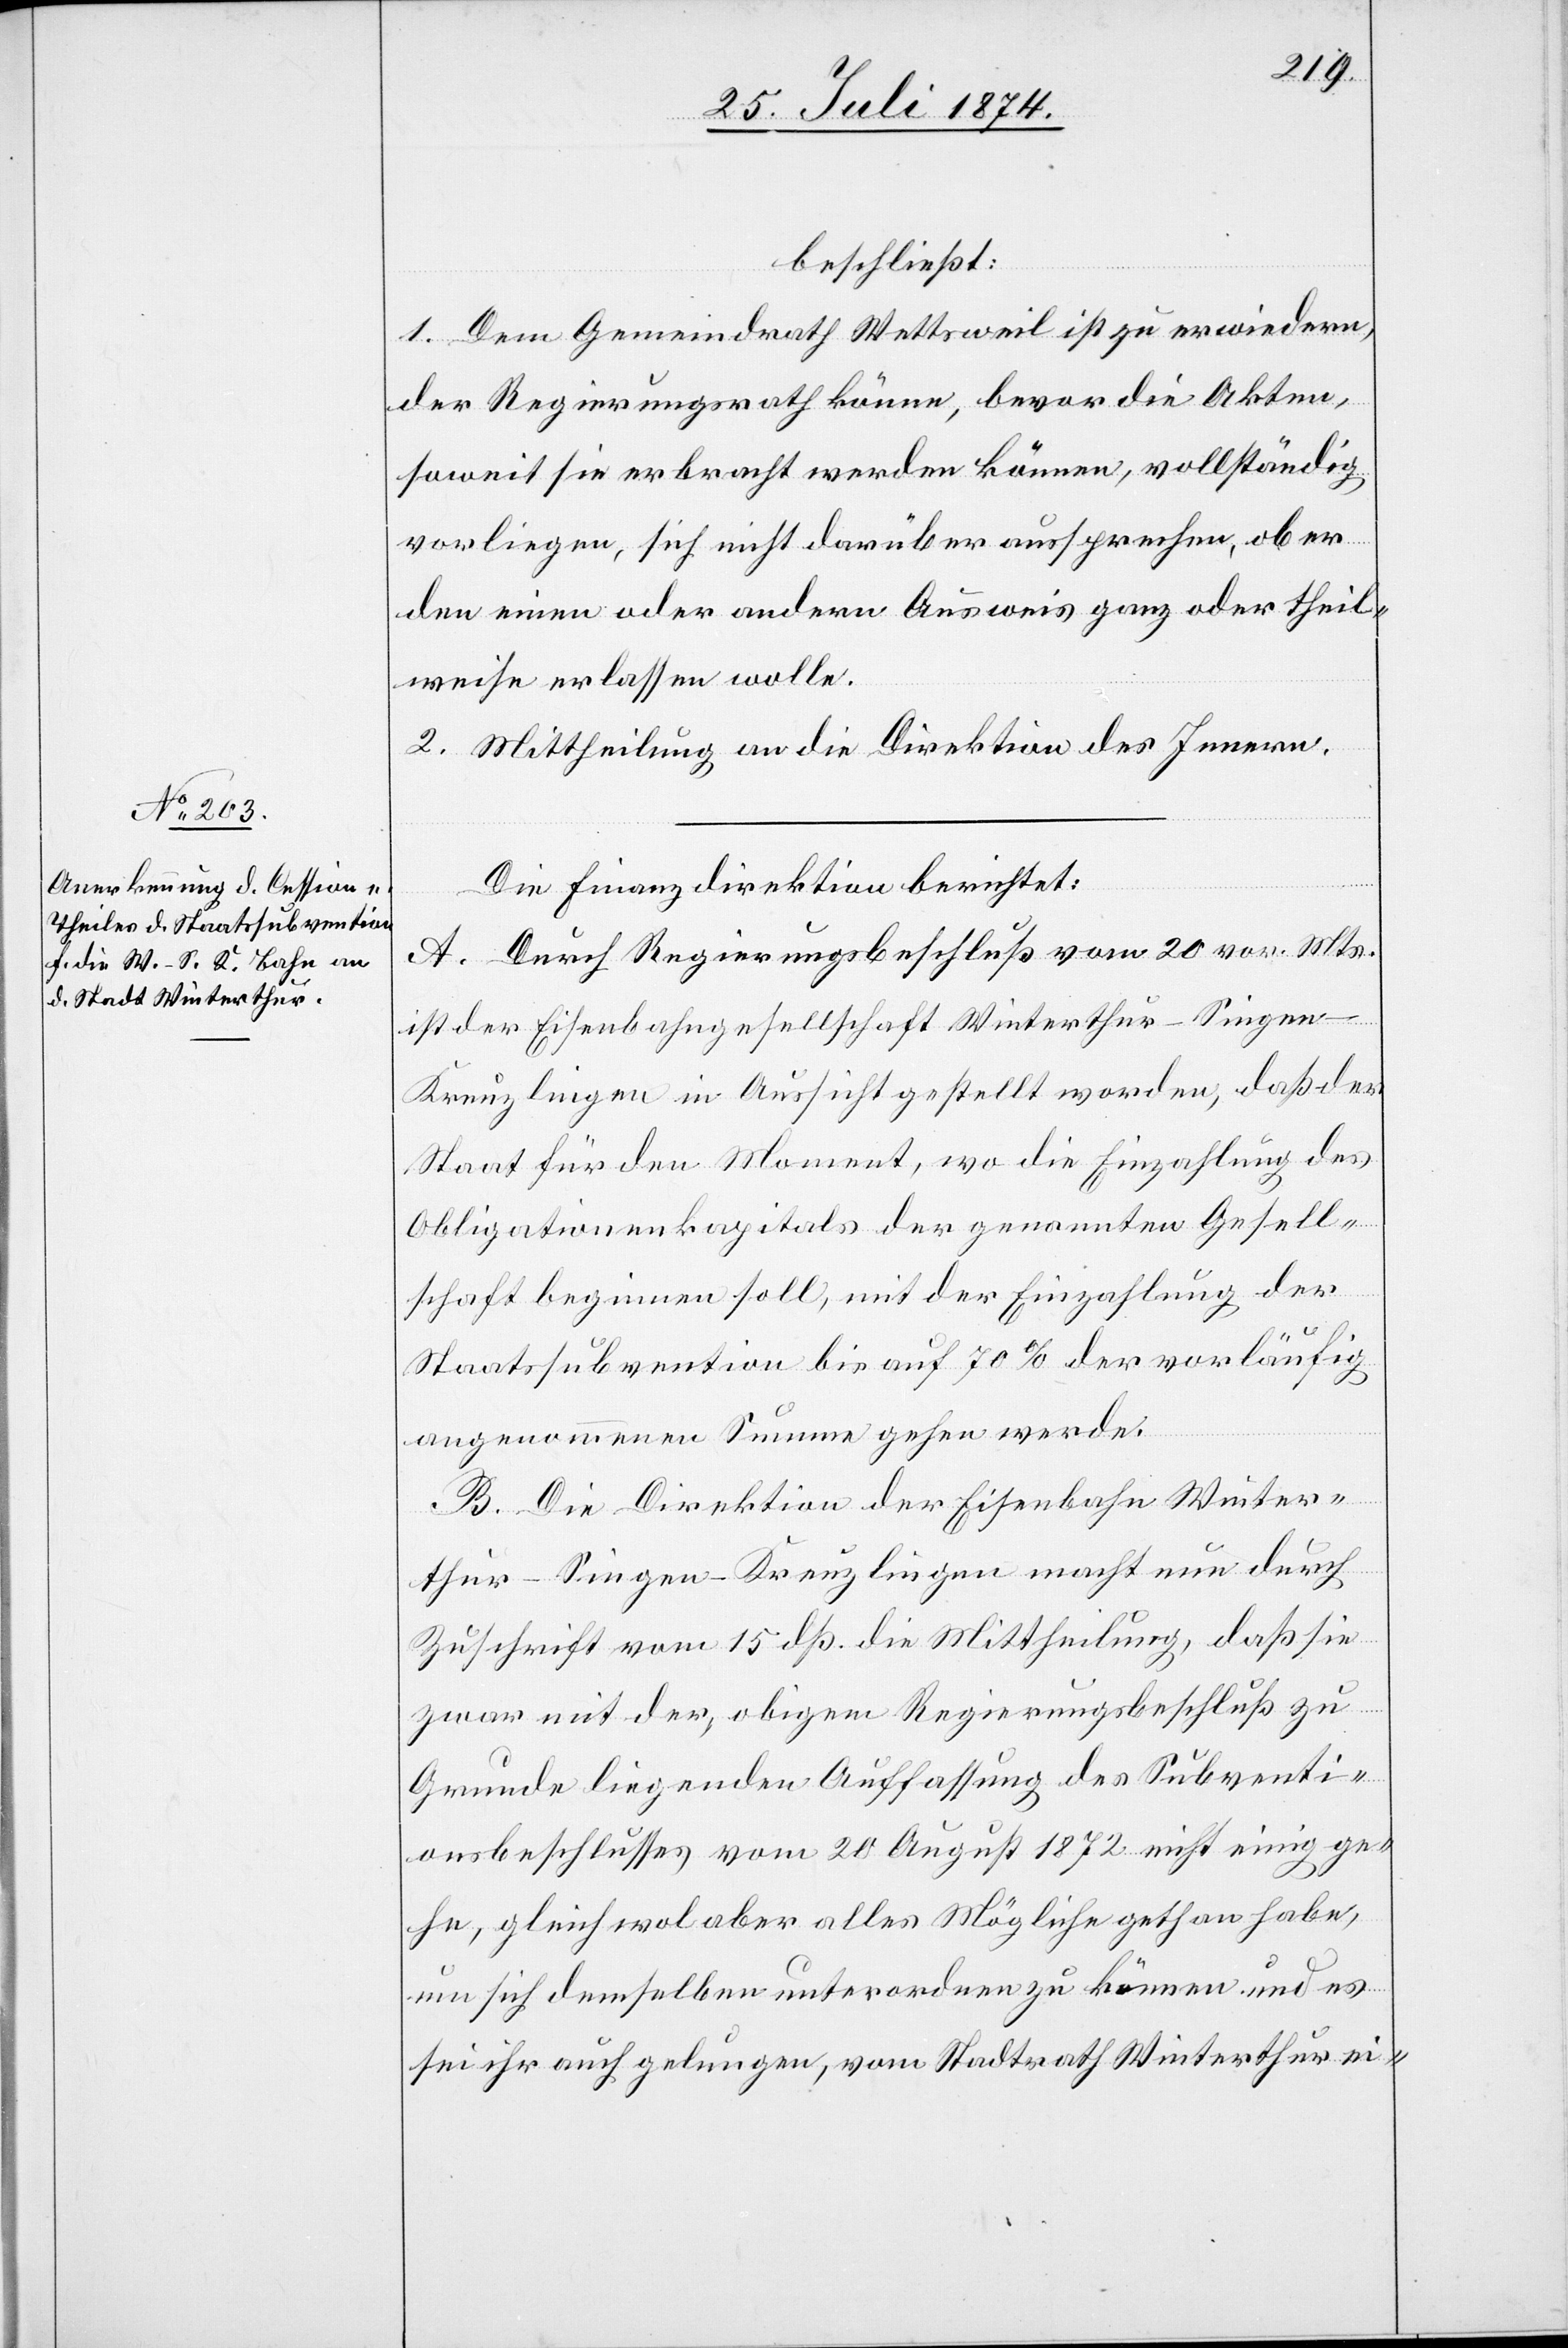
beschließt:
1. Dem Gemeindrath Wettsweil ist zu erwiedern,
der Regierungsrath könne, bevor die Akten,
soweit sie erbracht werden können, vollständig
vorliegen, sich nicht darüber aussprechen, ob er
den einen oder andern Ausweis ganz oder theil¬
weise erlassen wolle.
2. Mittheilung an die Direktion des Innern.
Die Finanzdirektion berichtet:
A. Durch Regierungsbeschluß vom 20. vor. Mts.
ist der Eisenbahngesellschaft Winterthur–Singen–K¬
reuzlingen in Aussicht gestellt worden, daß der
Staat für den Moment wo die Einzahlung des
Obligationenkapitals der genannten Gesell¬
schaft beginnen soll, mit der Einzahlung der
Staatssubvention bis auf 70% der vorläufig
angenommenen Summe gehen werde.
B. Die Direktion der Eisenbahn Winter¬
thur–Singen–Kreuzlingen macht nun durch
Zuschrift vom 15. dß. die Mittheilung, daß sie
zwar mit der, obigen Regierungsbeschluß zu
Grunde liegenden Auffassung des Subventi¬
onsbeschlusses vom 20. August 1872 nicht einig ge¬
he, gleich wol aber alles Mögliche gethan habe,
um sich demselben unterordnen zu können und es
sei ihr auch gelungen, vom Stadtrath Winterthur ei-